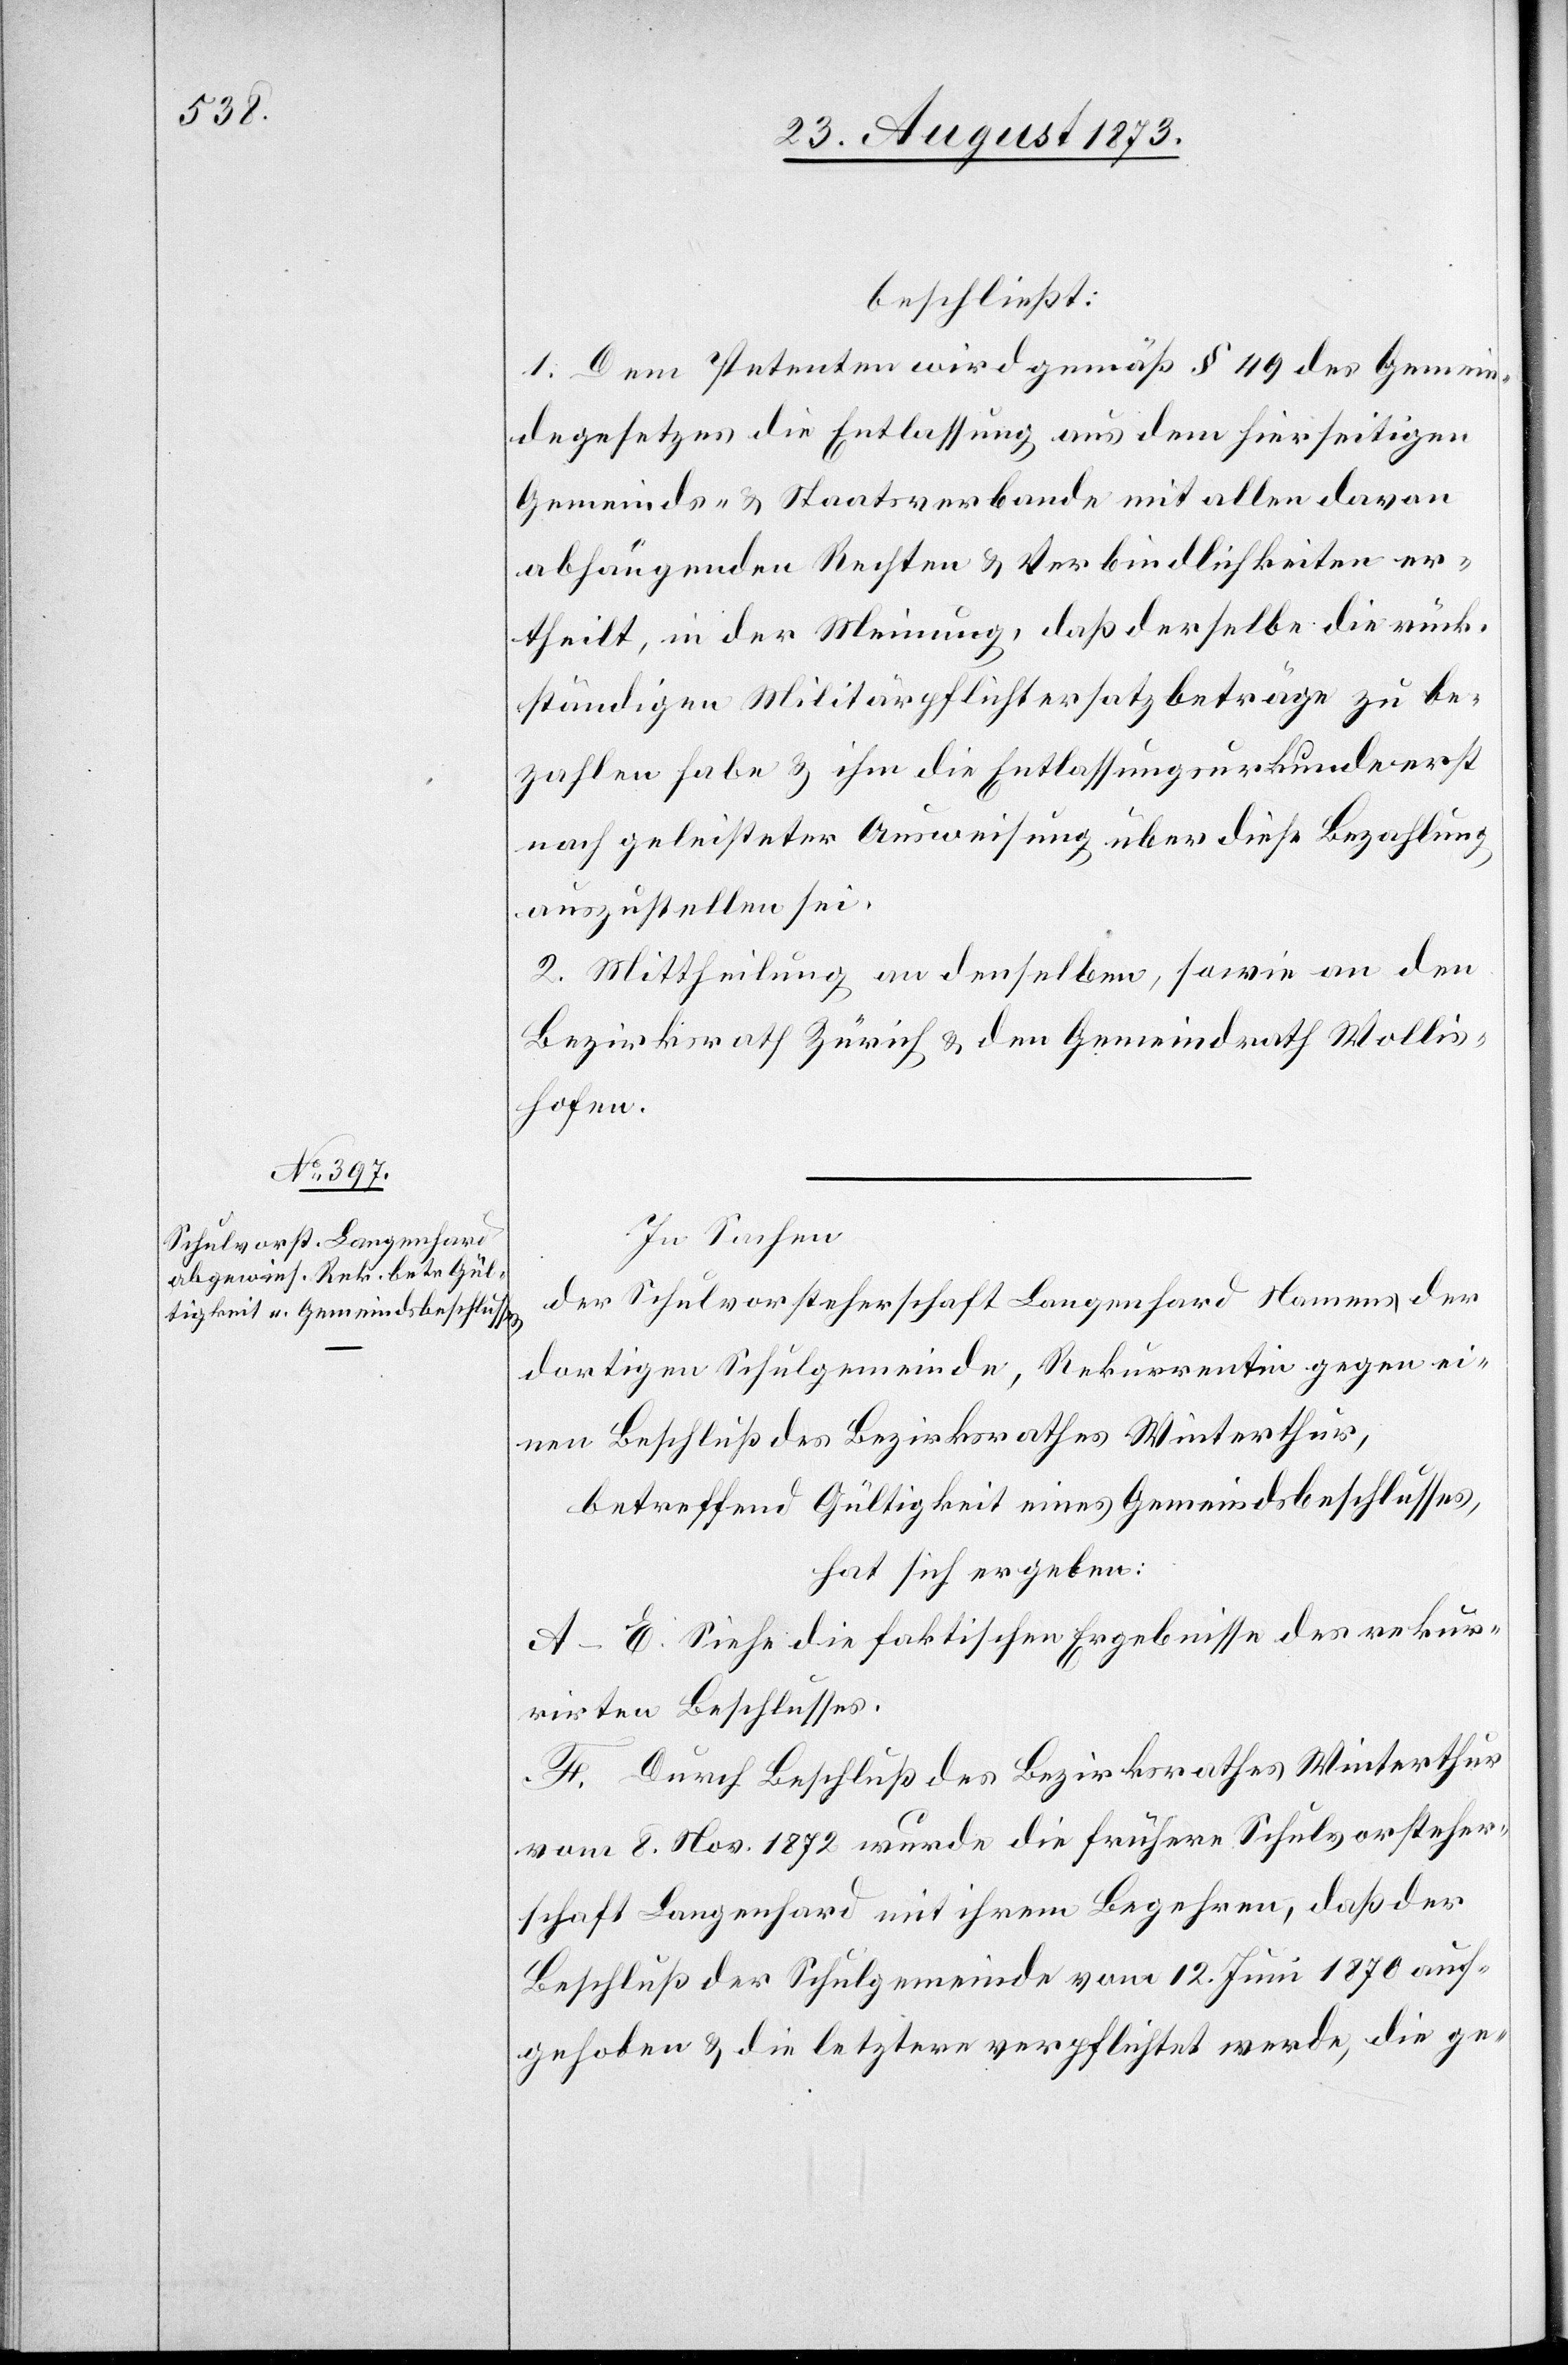
beschließt:
1. Dem Petenten wird gemäß § 49 des Gemein¬
degesetzes die Entlassung aus dem hierseitigen
Gemeinds- & Staatsverbande mit allen davon
abhängenden Rechten & Verbindlichkeiten er¬
theilt, in der Meinung, daß derselbe die rück¬
ständigen Militärpflichtersatzbeträge zu be¬
zahlen habe & ihm die Entlassungsurkunde erst
nach geleisteter Ausweisung über diese Bezahlung
auszustellen sei.
2. Mittheilung an denselben, sowie an den
Bezirksrath Zürich & den Gemeindrath Wollis¬
hofen.
In Sachen
der Schulvorsteherschaft Langenhard Namens der
dortigen Schulgemeinde, Rekurrentin gegen ei¬
nen Beschluß des Bezirksrathes Winterthur,
betreffend Gültigkeit eines Gemeindsbeschlusses,
hat sich ergeben:
A–E. Siehe die faktischen Ergebnisse des rekur¬
rirten Beschlusses.
F. Durch Beschluß des Bezirksrathes Winterthur
vom 8. Nov. 1872 wurde die frühere Schulvorsteher¬
schaft Langenhard mit ihrem Begehren, daß der
Beschluß der Schulgemeinde vom 12. Juni 1870 auf¬
gehoben & die letztere verpflichtet werde, die ge-